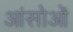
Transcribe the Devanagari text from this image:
आंसोओं